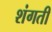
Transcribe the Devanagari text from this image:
शंगती